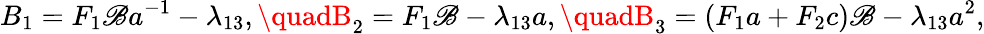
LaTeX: B_{1}=F_{1}\mathscr{B}a^{-1}-\lambda_{13},\quadB_{2}=F_{1}\mathscr{B}-\lambda_{13}a,\quadB_{3}=(F_{1}a+F_{2}c)\mathscr{B}-\lambda_{13}a^{2},